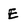
Character: E